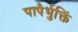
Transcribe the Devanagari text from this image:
पापैर्भुक्तिं